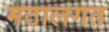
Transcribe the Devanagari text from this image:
मठालगत